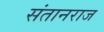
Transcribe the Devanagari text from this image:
संतानराज